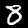
Digit: 8